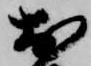
於